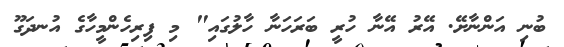
ބުނި އަންނާށޭ. އޭރު އޭނާ ހުރީ ބަރަހަނާ ހާލުގައި" މި ފިރިހެންމީހާގެ އުނދަގޫ